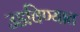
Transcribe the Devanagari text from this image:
उडविण्यात